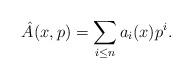
LaTeX: \begin{align*}\hat A(x,p) = \sum_{i\leq n} a_i(x)p^i. \end{align*}